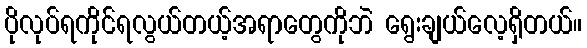
ပိုလုပ်ရကိုင်ရလွယ်တယ့်အရာတွေကိုဘဲ ရွေးချယ်လေ့ရှိတယ်။